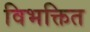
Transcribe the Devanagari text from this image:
विभक्तित